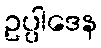
ဥပ္ပါဒေန